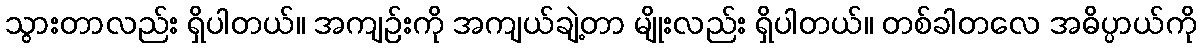
သွားတာလည်း ရှိပါတယ်။ အကျဉ်းကို အကျယ်ချဲ့တာ မျိုးလည်း ရှိပါတယ်။ တစ်ခါတလေ အဓိပ္ပာယ်ကို